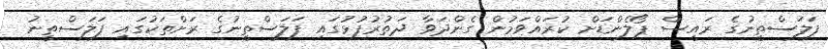
ފަލަސްތީނުގެ ރައީސް ޕޯލެންޑަށް ކުރައްވަމުން ގެންދަވާ ދަތުރުފުޅުގައި ފަލަސްތީނުގެ ރަށްތަކުގައި ފަލަސްތީނު